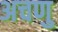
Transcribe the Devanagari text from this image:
अचणु